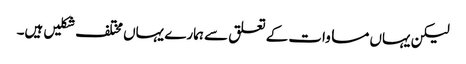
لیکن یہاں مساوات کے تعلق سے ہمارے یہاں مختلف شکلیں ہیں۔